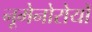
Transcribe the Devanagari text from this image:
नूमेनोरोयों